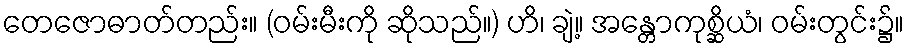
တေဇောဓာတ်တည်း။ (ဝမ်းမီးကို ဆိုသည်။) ဟိ၊ ချဲ့။ အန္တောကုစ္ဆိယံ၊ ဝမ်းတွင်း၌။